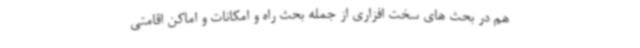
هم در بحث های سخت افزاری از جمله بحث راه و امکانات و اماکن اقامتی